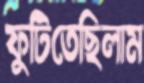
ফুটিতেছিলাম